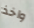
واخذ